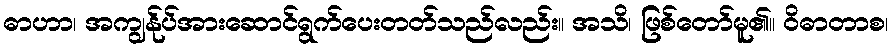
ဓာဟာ၊ အကျွန်ုပ်အားဆောင်ရွက်ပေးတတ်သည်လည်း။ အသိ၊ ဖြစ်တော်မူ၏။ ဝိဓာတာစ၊